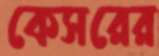
কেসরের